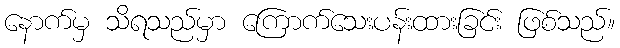
နောက်မှ သိရသည်မှာ ကြောက်သေးပန်းထားခြင်း ဖြစ်သည်။